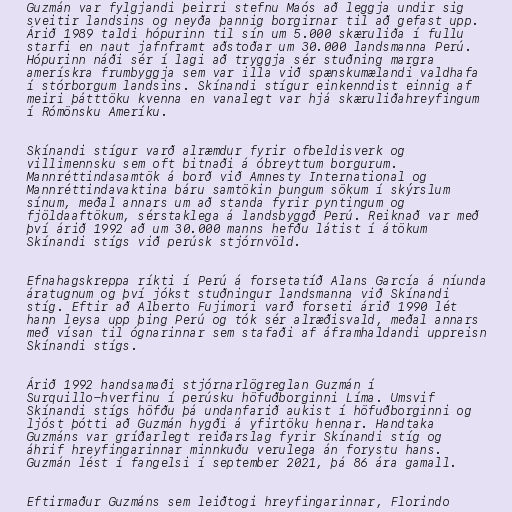
Guzmán var fylgjandi þeirri stefnu Maós að leggja undir sig
sveitir landsins og neyða þannig borgirnar til að gefast upp.
Árið 1989 taldi hópurinn til sín um 5.000 skæruliða í fullu
starfi en naut jafnframt aðstoðar um 30.000 landsmanna Perú.
Hópurinn náði sér í lagi að tryggja sér stuðning margra
amerískra frumbyggja sem var illa við spænskumælandi valdhafa
í stórborgum landsins. Skínandi stígur einkenndist einnig af
meiri þátttöku kvenna en vanalegt var hjá skæruliðahreyfingum
í Rómönsku Ameríku.

Skínandi stígur varð alræmdur fyrir ofbeldisverk og
villimennsku sem oft bitnaði á óbreyttum borgurum.
Mannréttindasamtök á borð við Amnesty International og
Mannréttindavaktina báru samtökin þungum sökum í skýrslum
sínum, meðal annars um að standa fyrir pyntingum og
fjöldaaftökum, sérstaklega á landsbyggð Perú. Reiknað var með
því árið 1992 að um 30.000 manns hefðu látist í átökum
Skínandi stígs við perúsk stjórnvöld.

Efnahagskreppa ríkti í Perú á forsetatíð Alans García á níunda
áratugnum og því jókst stuðningur landsmanna við Skínandi
stíg. Eftir að Alberto Fujimori varð forseti árið 1990 lét
hann leysa upp þing Perú og tók sér alræðisvald, meðal annars
með vísan til ógnarinnar sem stafaði af áframhaldandi uppreisn
Skínandi stígs.

Árið 1992 handsamaði stjórnarlögreglan Guzmán í
Surquillo-hverfinu í perúsku höfuðborginni Líma. Umsvif
Skínandi stígs höfðu þá undanfarið aukist í höfuðborginni og
ljóst þótti að Guzmán hygði á yfirtöku hennar. Handtaka
Guzmáns var gríðarlegt reiðarslag fyrir Skínandi stíg og
áhrif hreyfingarinnar minnkuðu verulega án forystu hans.
Guzmán lést í fangelsi í september 2021, þá 86 ára gamall.

Eftirmaður Guzmáns sem leiðtogi hreyfingarinnar, Florindo